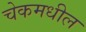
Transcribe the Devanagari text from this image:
चेकमधील